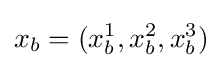
x_{b}=(x_{b}^{1},x_{b}^{2},x_{b}^{3})